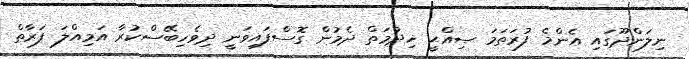
ނިލަންދޫގައި އެންމެ ފުރަތަމަ ޞިއްޙީ ޚިދުމަތް ދެމުން ގޮސްފައިވަނީ ދިވެހިބޭސްކުރާ އަމިއްލަ ފަރާތް